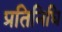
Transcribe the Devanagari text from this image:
प्रतिनिधि